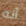
أنه